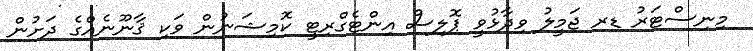
މިނިސްޓަރު ޑރ ޖަމީލު ވިދާޅުވީ ޕޮލިސް އިންޓެގްރިޓީ ކޮމިޝަނުން ވަކި ޤާނޫނެއްގެ ދަށުން